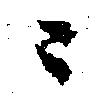
々